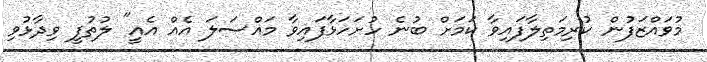
މުވައްޒަފުން ކުރިމަތިލާފައިވާ ކަމަށް ބުނެ ހުށަހަޅާފައިވާ މައްސަލަ އެއް އެއީ" ލުތުފީ ވިދާޅުވި